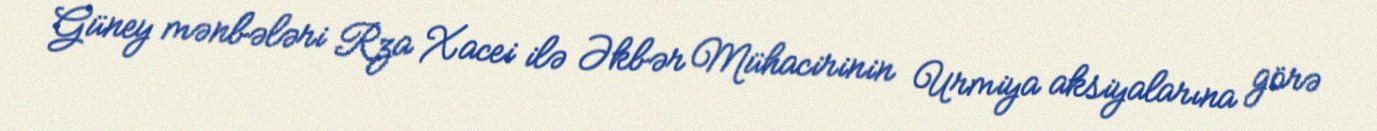
Güney mənbələri Rza Xacei ilə Əkbər Mühacirinin Urmiya aksiyalarına görə